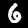
Label: 6